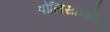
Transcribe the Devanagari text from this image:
पोलिसांपर्यंत